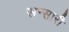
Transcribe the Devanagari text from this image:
सन्सारी